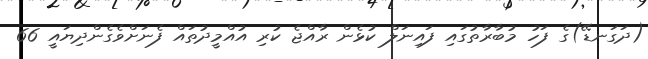
(ދަގަނޑޭ)ގެ ފަހު މުބާރާތުގައި ފައިނަލް ކުޅެން ރާއްޖެ ކުރި އުއްމީދުތައް ފެނަށްވެގެންދިޔައީ 66